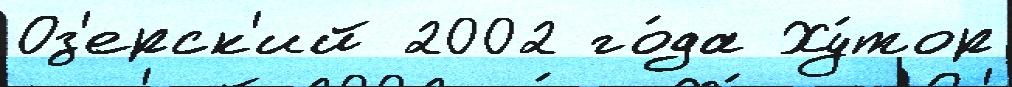
Оз'ерск'ий 2002 го́да Ху́тор